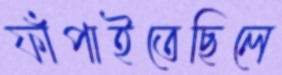
ফাঁপাইতেছিলে